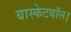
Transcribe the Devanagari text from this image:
बास्केटबॉल।